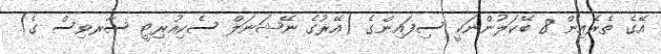
އޭގެ ތެރެއިން 8 ބޭކަލުންނަކީ ސިފައިންގެ (އޭރުގެ ނޭޝަނަލް ސެކިއުރިޓީ ސާރވިސް ގެ)